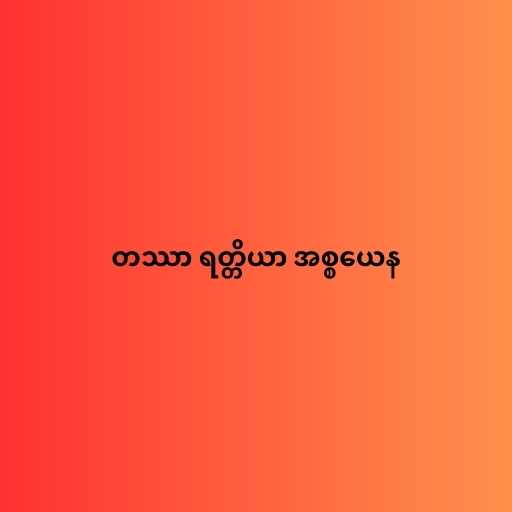
တဿာ ရတ္တိယာ အစ္စယေန